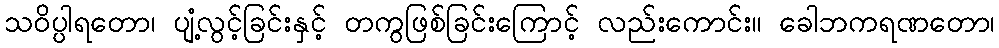
သဝိပ္ပါရတော၊ ပျံ့လွင့်ခြင်းနှင့် တကွဖြစ်ခြင်းကြောင့် လည်းကောင်း။ ခေါဘကရဏတော၊